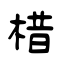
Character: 棤